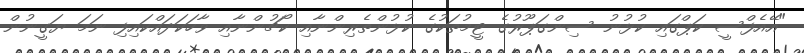
"އޭއެފްސީ ކަޕްގައި ކުޅުނު ސިންގަޕޫރުގެ ޓީމުތަކުގެ ކުޅުންތެރިންނާއި ކޯޗުންނާއި ވާހަކަދައްކައިފި ނަމަ ޔަގީނުން